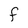
Character: F